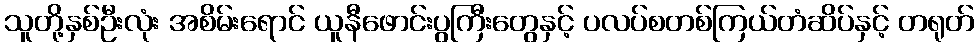
သူတို့နှစ်ဦးလုံး အစိမ်းရောင် ယူနီဖောင်းပွကြီးတွေနှင့် ပလပ်စတစ်ကြယ်တံဆိပ်နှင့် တရုတ်